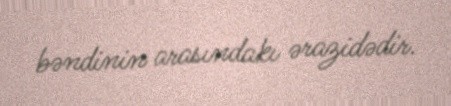
bəndinin arasındakı ərazidədir.